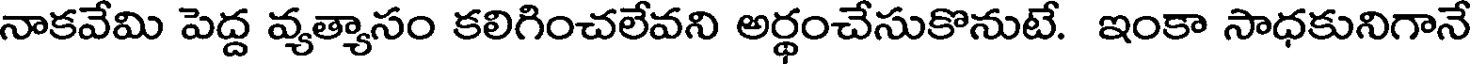
నాకవేమి పెద్ద వ్యత్యాసం కలిగించలేవని అర్థంచేసుకొనుటే. ఇంకా సాధకునిగానే